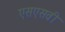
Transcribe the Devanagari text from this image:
एसएसवी